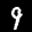
Label: 9